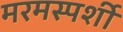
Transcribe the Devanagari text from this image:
मरमस्पर्शी